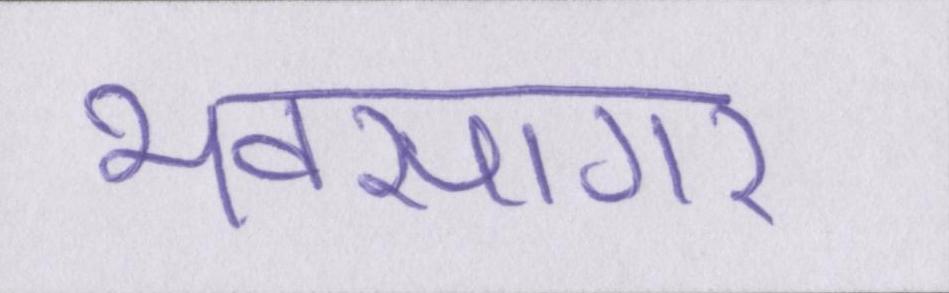
भवसागर